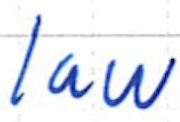
Text: law
Cross-out: clean
Writing tool: ballpoint